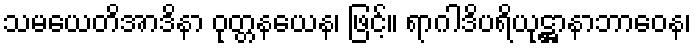
သမယေတိအာဒိနာ ဝုတ္တနယေန၊ ဖြင့်။ ရာဂါဒိပရိယုဋ္ဌာနာဘာဝေန၊